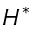
H ^ { * }